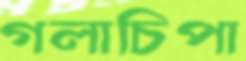
গলাচিপা